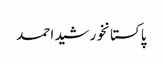
پاکستانخورشید احمد